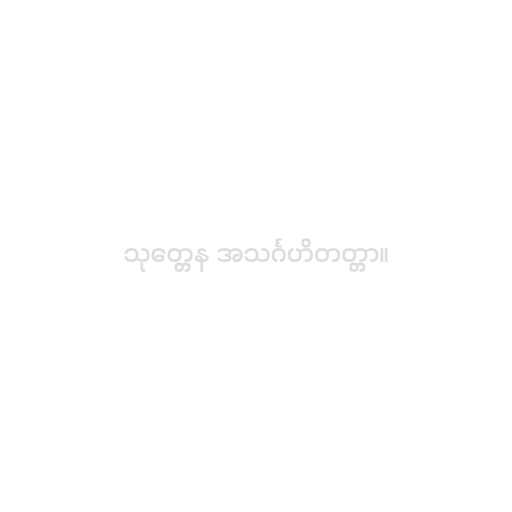
သုတ္တေန အသင်္ဂဟိတတ္တာ။